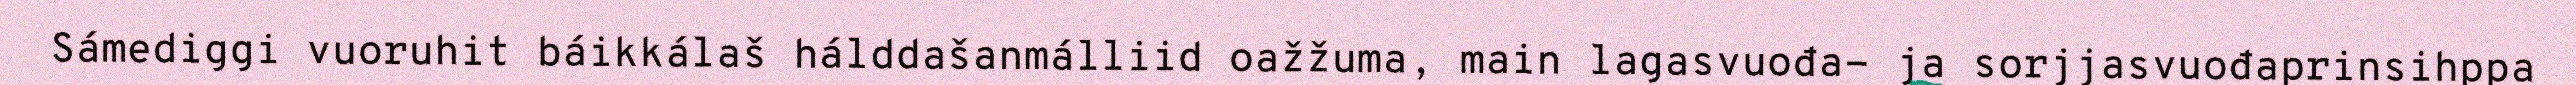
Sámediggi vuoruhit báikkálaš hálddašanmálliid oažžuma, main lagasvuođa- ja sorjjasvuođaprinsihppa